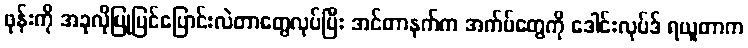
ဖုန်းကို အခုလိုပြုပြင်ပြောင်းလဲတာတွေလုပ်ပြီး အင်တာနက်က အက်ပ်တွေကို ဒေါင်းလုပ်ဒ် ရယူတာက